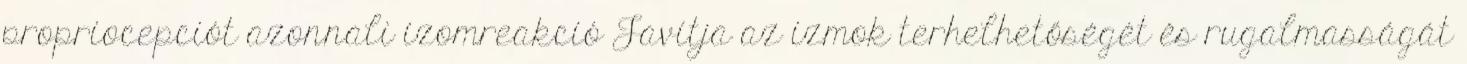
propriocepciót azonnali izomreakció Javítja az izmok terhelhetőségét és rugalmasságát